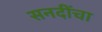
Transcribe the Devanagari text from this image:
सनदींचा